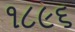
૧૮૯૬